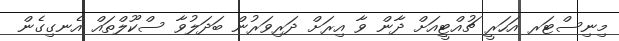
މިނިސްޓަރ އަހަރީ ޗުއްޓީއަށް ދާން ވާ އިރަށް ދަރިވަރުން ބަދަލުވާ ސްކޫލްތައް އެނގިގެން